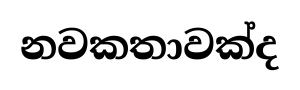
නවකතාවක්ද